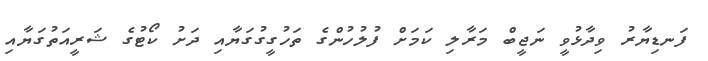
ފަނޑިޔާރު ވިދާޅުވީ ނަޖީބް މަރާލި ކަމަށް ފުލުހުންގެ ތަހުގީގުގަޔާއި ދަށު ކޯޓުގެ ޝަރީއަތުގަޔާއި